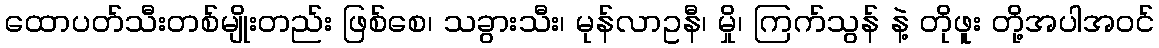
ထောပတ်သီးတစ်မျိုးတည်း ဖြစ်စေ၊ သခွားသီး၊ မုန်လာဥနီ၊ မှို၊ ကြက်သွန် နဲ့ တိုဖူး တို့အပါအဝင်